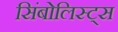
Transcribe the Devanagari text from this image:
सिंबोलिस्ट्स